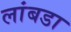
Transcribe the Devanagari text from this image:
लांबडा